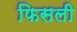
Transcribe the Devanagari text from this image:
फिसली